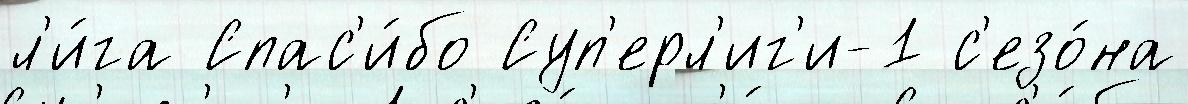
л'и́га Спас'и́бо Суп'ерл'иг'и-1 с'езо́на